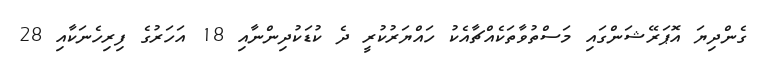
ގެންދިޔަ އޮޕަރޭޝަންގައި މަސްތުވާތަކެއްޗާއެކު ހައްޔަރުކުރީ ދެ ކުޑަކުދިންނާއި 18 އަހަރުގެ ފިރިހެނަކާއި 28